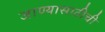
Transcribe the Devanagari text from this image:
जाण्यासाठीची